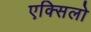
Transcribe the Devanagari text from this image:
एक्सिलो